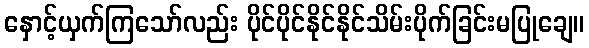
နှောင့်ယှက်ကြသော်လည်း ပိုင်ပိုင်နိုင်နိုင်သိမ်းပိုက်ခြင်းမပြုချေ။